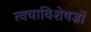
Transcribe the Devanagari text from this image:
त्वचाविशेषज्ञों